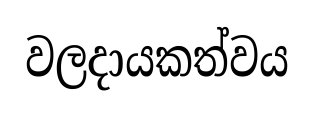
වලදායකත්වය